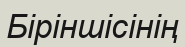
Біріншісінің